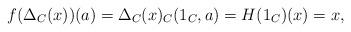
LaTeX: \begin{align*}f(\Delta_C(x))(a) = \Delta_C(x)_C(1_C,a) = H(1_C)(x) = x,\end{align*}